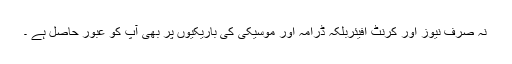
نہ صرف نیوز اور کرنٹ افیئربلکہ ڈرامہ اور موسیکی کی باریکیوں پر بھی آپ کو عبور حاصل ہے ۔